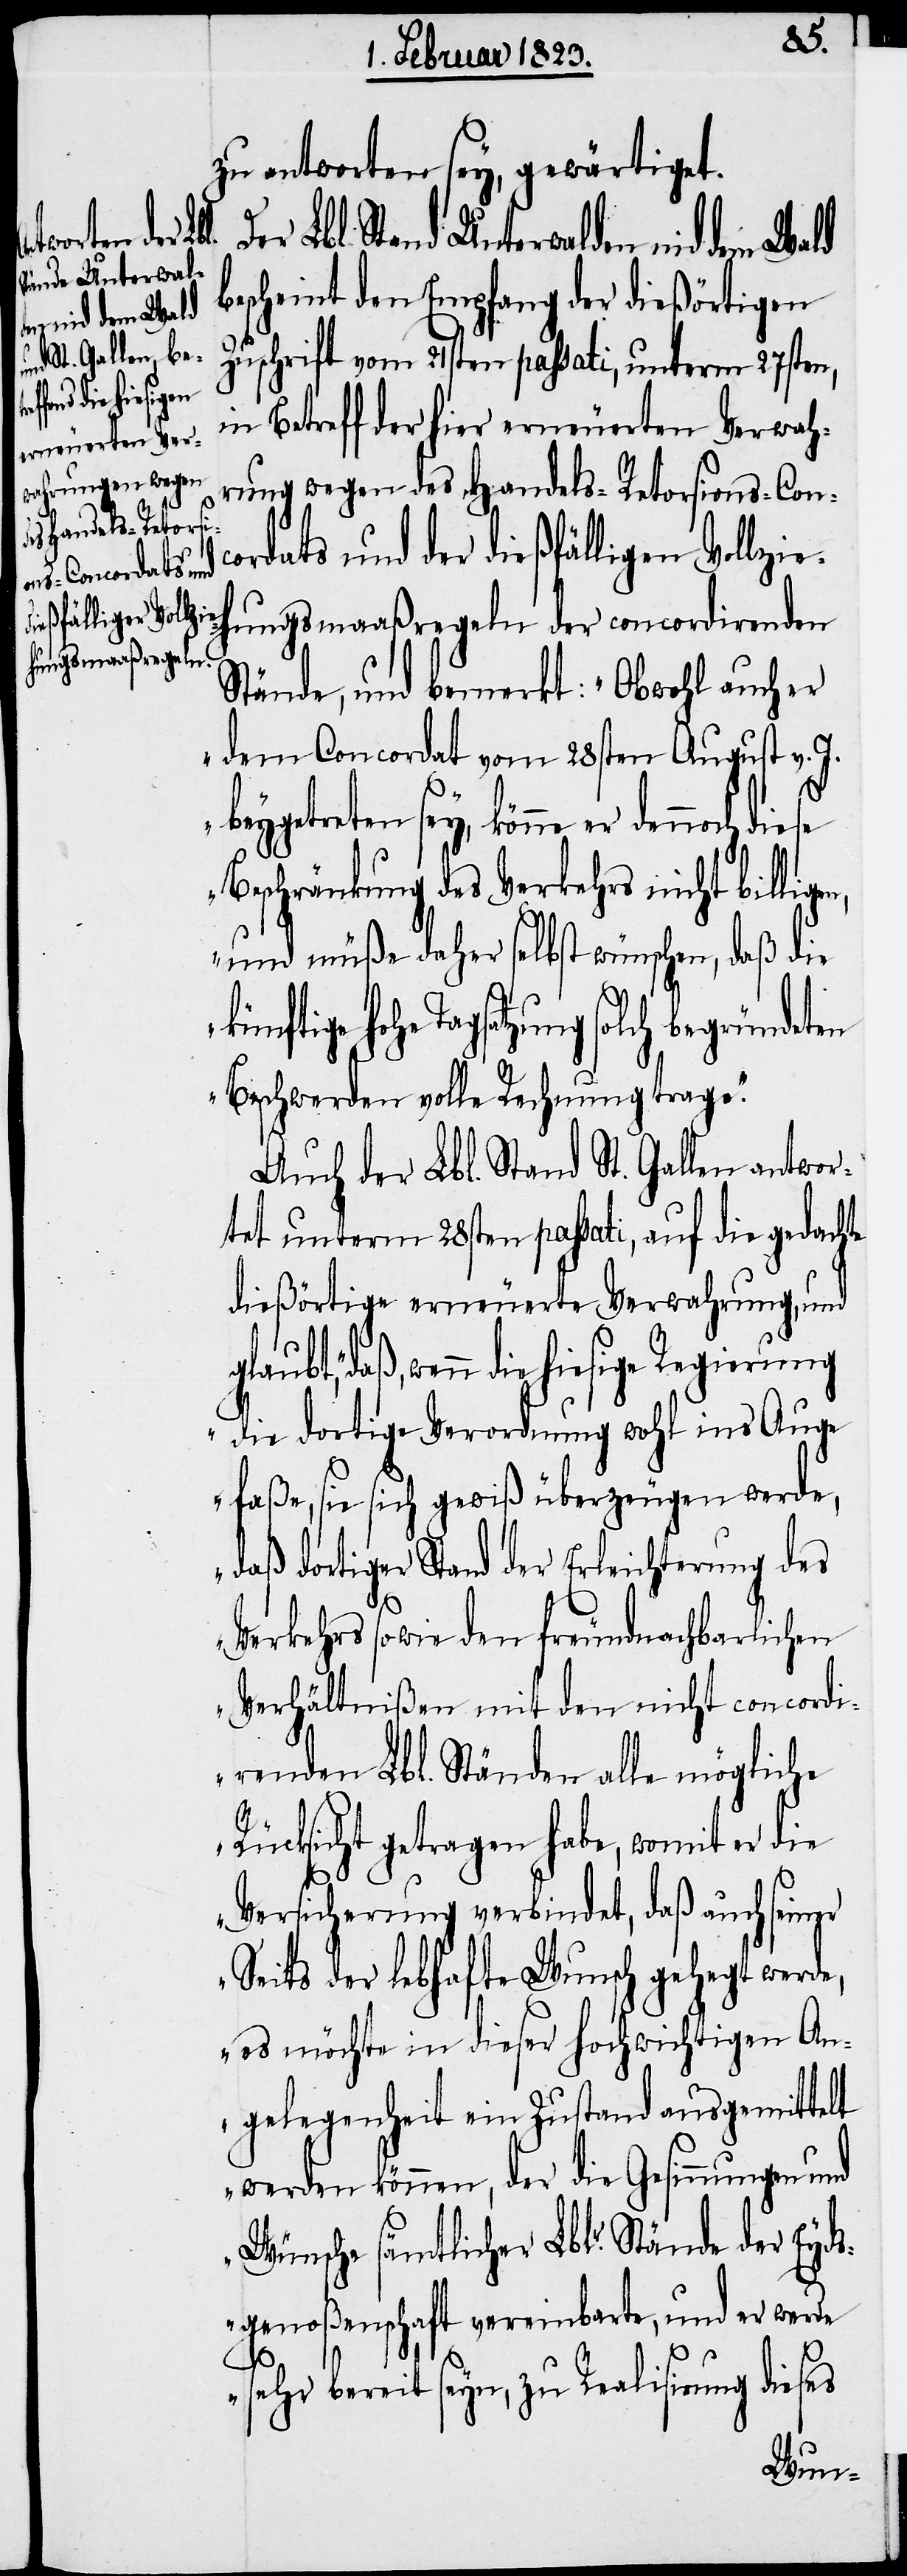
te
zu antworten sey, gewärtiget.
Stand Unterwal¬
bescheint den Empfang der dießörtigen
den nid dem Wald
Zuschrift vom 21sten passati, unterm 27sten,
in Betreff der hier erneuerten Verwah¬
rung wegen des Handels-Retorsions-Conc¬
ordats und der dießfälligen Vollzie¬
hungsmaaßregeln der concordirenden
Stände, und bemerkt: „Obwohl auch er
dem Concordat vom 28sten August v. J.
beygetreten sey, könne er dennoch diese
Beschränkung des Verkehrs nicht billig¬
en, und müße daher selbst wünschen, daß die
hohe Tagsatzung solch begründeten
Beschwerden volle Rechnung trage.“
Auch der Lbl. Stand St. Gallen antwor¬
tet unterm 28sten passati, auf die gedach¬
dießörtige erneuerte Verwahrung, und
„daß, wenn die hiesige Regierung
die dortige Verordnung wohl ins Auge
faße, sie sich gewiß überzeugen werde,
daß dortiger Stand der Erleichterung des
Verkehrs sowie den freundnachbarlichen
Verhältnißen mit den nicht concordi¬
renden Lbl. Ständen alle mögliche
Rücksicht getragen habe, womit er die
Versicherung verbindet, daß auch seiner
Seits der lebhafte Wunsch gehegt werde,
es möchte in dieser hochwichtigen An¬
gelegenheit ein Zustand ausgemittelt
werden können, der die Gesinnungen und
Wünsche sämtlicher Lblr. Stände der Eyds¬
genoßenschaft vereinbarte, und er werde
sehr bereit seyn, zu Realisirung dieses